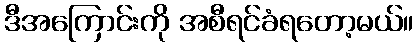
ဒီအကြောင်းကို အစီရင်ခံရတော့မယ်။